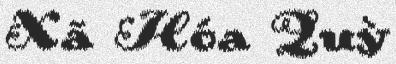
Xã Hóa Quỳ